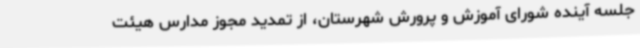
جلسه آینده شورای آموزش و پرورش شهرستان، از تمدید مجوز مدارس هیئت